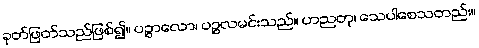
ခုတ်ဖြတ်သည်ဖြစ်၍။ ပဉ္စာလော၊ ပဉ္စလမင်းသည်။ ဟညတု၊ သေပါစေသတည်း။